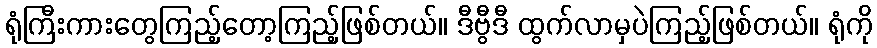
ရုံကြီးကားတွေကြည့်တော့ကြည့်ဖြစ်တယ်။ ဒီဗွီဒီ ထွက်လာမှပဲကြည့်ဖြစ်တယ်။ ရုံကို